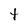
Character: t